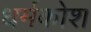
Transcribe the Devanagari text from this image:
धर्मकोश